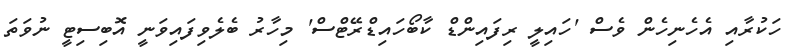
ހަކުރާއި އެހެނިހެން ވެސް 'ހައިލީ ރިފައިންޑް ކާބޯހައިޑްރޭޓްސް' މިހާރު ބެލެވިފައިވަނީ އޮބިސިޓީ ނުވަތަ